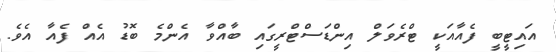
އައިޓީބީ ފެއާއަކީ ޓްރެވަލް އިންޑަސްޓްރީގައި ބާއްވާ އެންމެ ބޮޑު އެއް ފެއާ އެވެ.